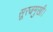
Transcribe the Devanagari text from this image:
सूरजमुखी।